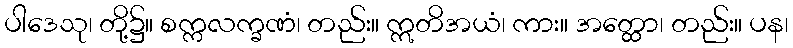
ပါဒေသု၊ တို့၌။ စက္ကလက္ခဏံ၊ တည်း။ ဣတိအယံ၊ ကား။ အတ္ထော၊ တည်း။ ပန၊